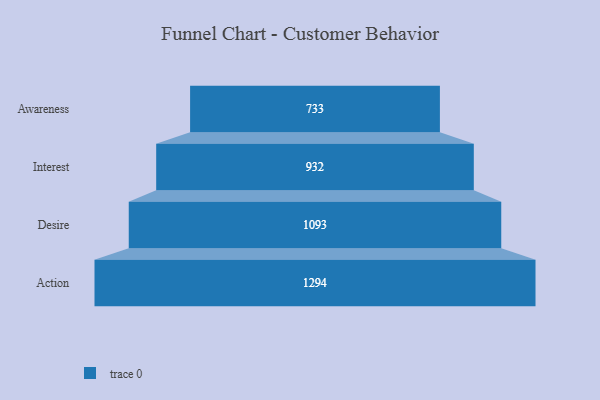
{"axis": {"x": "Stage", "y": "Value"}, "legend": [""], "data": [{"x": "Awareness", "y": 733.0, "type": ""}, {"x": "Interest", "y": 932.0, "type": ""}, {"x": "Desire", "y": 1093.0, "type": ""}, {"x": "Action", "y": 1294.0, "type": ""}]}